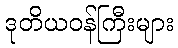
ဒုတိယဝန်ကြီးများ